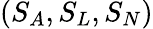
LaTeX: (S_{A},S_{L},S_{N})